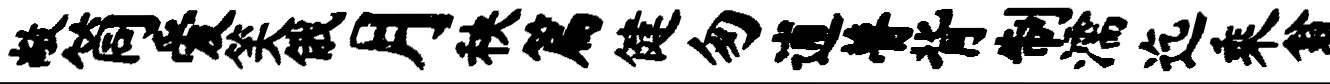
敞筒爱笑俄月秧篇健匆逋瞢背制濡迄乘翁